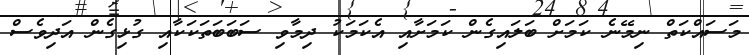
މަސައްކަތް ނިމޭނެ ކަމަށް ބަލައިގެން ކަމަށާއި އެކަމަކު ދިމާވި ސަބަބަތަކަކާއި ގުޅިގެން އަދިވެސް